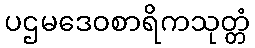
ပဌမဒေဝစာရိကသုတ္တံ